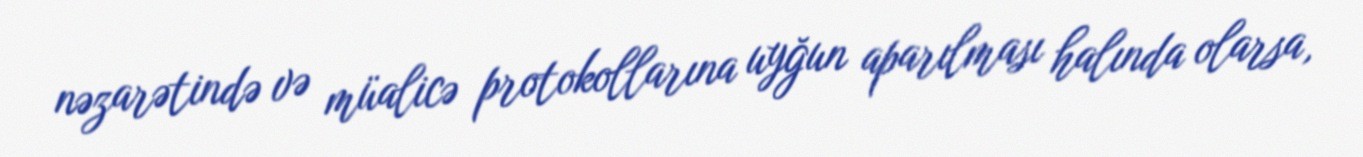
nəzarətində və müalicə protokollarına uyğun aparılması halında olarsa,